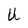
Character: U